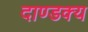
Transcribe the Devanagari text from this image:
दाण्डक्य